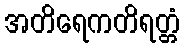
အတိရေကတိရတ္တံ